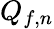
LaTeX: Q_{f,n}